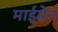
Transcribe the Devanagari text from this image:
माईग्रेन